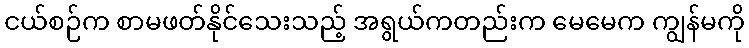
ငယ်စဉ်က စာမဖတ်နိုင်သေးသည့် အရွယ်ကတည်းက မေမေက ကျွန်မကို